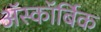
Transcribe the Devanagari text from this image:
ॲस्कॉर्बिक